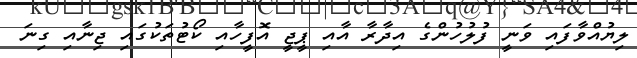
ލިޔުއްވާފައި ވަނީ ފުލުހުންގެ އިދާރާ އާއި ޕީޖީ އޮފީހާއި ކޯޓުތަކުގައި ޖިނާއި ގިނަ